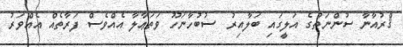
ޤްރުއާނާ ސުންނަތުގެ އަލީގައި ބަލާއިރު  ސުބުހާނަހޫ ވަތަޢާލާ އެއްވެސް ފަރާތެއް އެއްވަރު